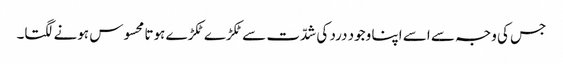
جس کی وجہ سے اسے اپنا وجود درد کی شدّت سے ٹکڑے ٹکڑے ہوتا محسوس ہونے لگتا۔